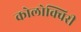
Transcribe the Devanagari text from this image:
कोलोक्विरी